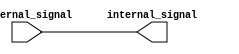
module ECL_Buffer (
    input wire external_signal,
    output wire internal_signal
);

assign internal_signal = external_signal;

endmodule